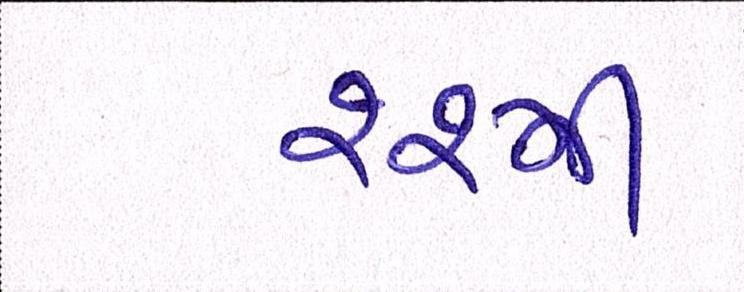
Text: ૨૨મી